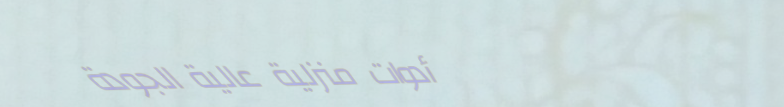
أدوات منزلية عالية الجودة